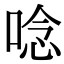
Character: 唸